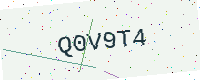
Text: Q0V9T4